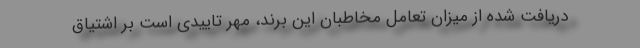
دریافت شده از میزان تعامل مخاطبان این برند، مهر تاییدی است بر اشتیاق